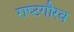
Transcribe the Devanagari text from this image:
राष्‍टगौरव